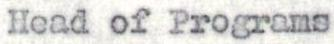
Head of Programs